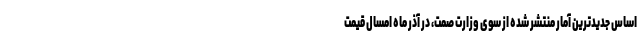
اساس جدیدترین آمار منتشر شده از سوی وزارت صمت، در آذر ماه امسال قیمت